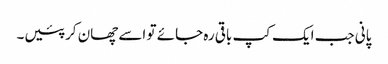
پانی جب ایک کپ باقی رہ جائے تو اسے چھان کر پئیں۔